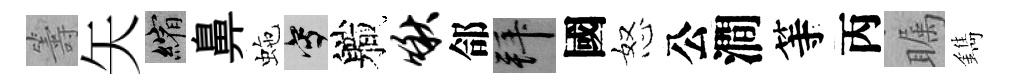
籌矢縮鼻虵寫軄啾郃拜國怒公澗等丙瞩鐫